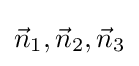
{\vec {n}}_{1},{\vec {n}}_{2},{\vec {n}}_{3}